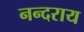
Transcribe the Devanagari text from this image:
नन्दराय